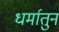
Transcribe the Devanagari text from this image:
धर्मातुन